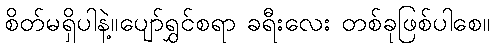
စိတ်မရှိပါနဲ့။ပျော်ရွှင်စရာ ခရီးလေး တစ်ခုဖြစ်ပါစေ။